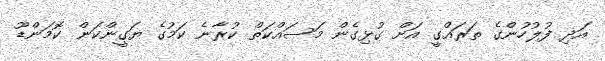
އަދި ފުލުހުންގެ ތަރައްގީ އަށް ގުޅިގެން މަސައްކަތް ކުރާނެ ކަމުގެ ޔަގީންކަން ކޮމަންޑޫ